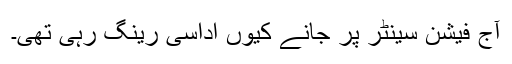
آج فیشن سینٹر پر جانے کیوں اداسی رینگ رہی تھی۔